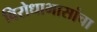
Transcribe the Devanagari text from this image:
विरोधाभासांचा